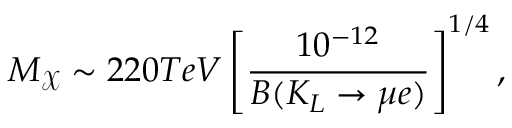
M _ { \mathcal { X } } \sim 2 2 0 T e V \left[ \frac { 1 0 ^ { - 1 2 } } { B ( K _ { L } \rightarrow \mu e ) } \right] ^ { 1 / 4 } ,